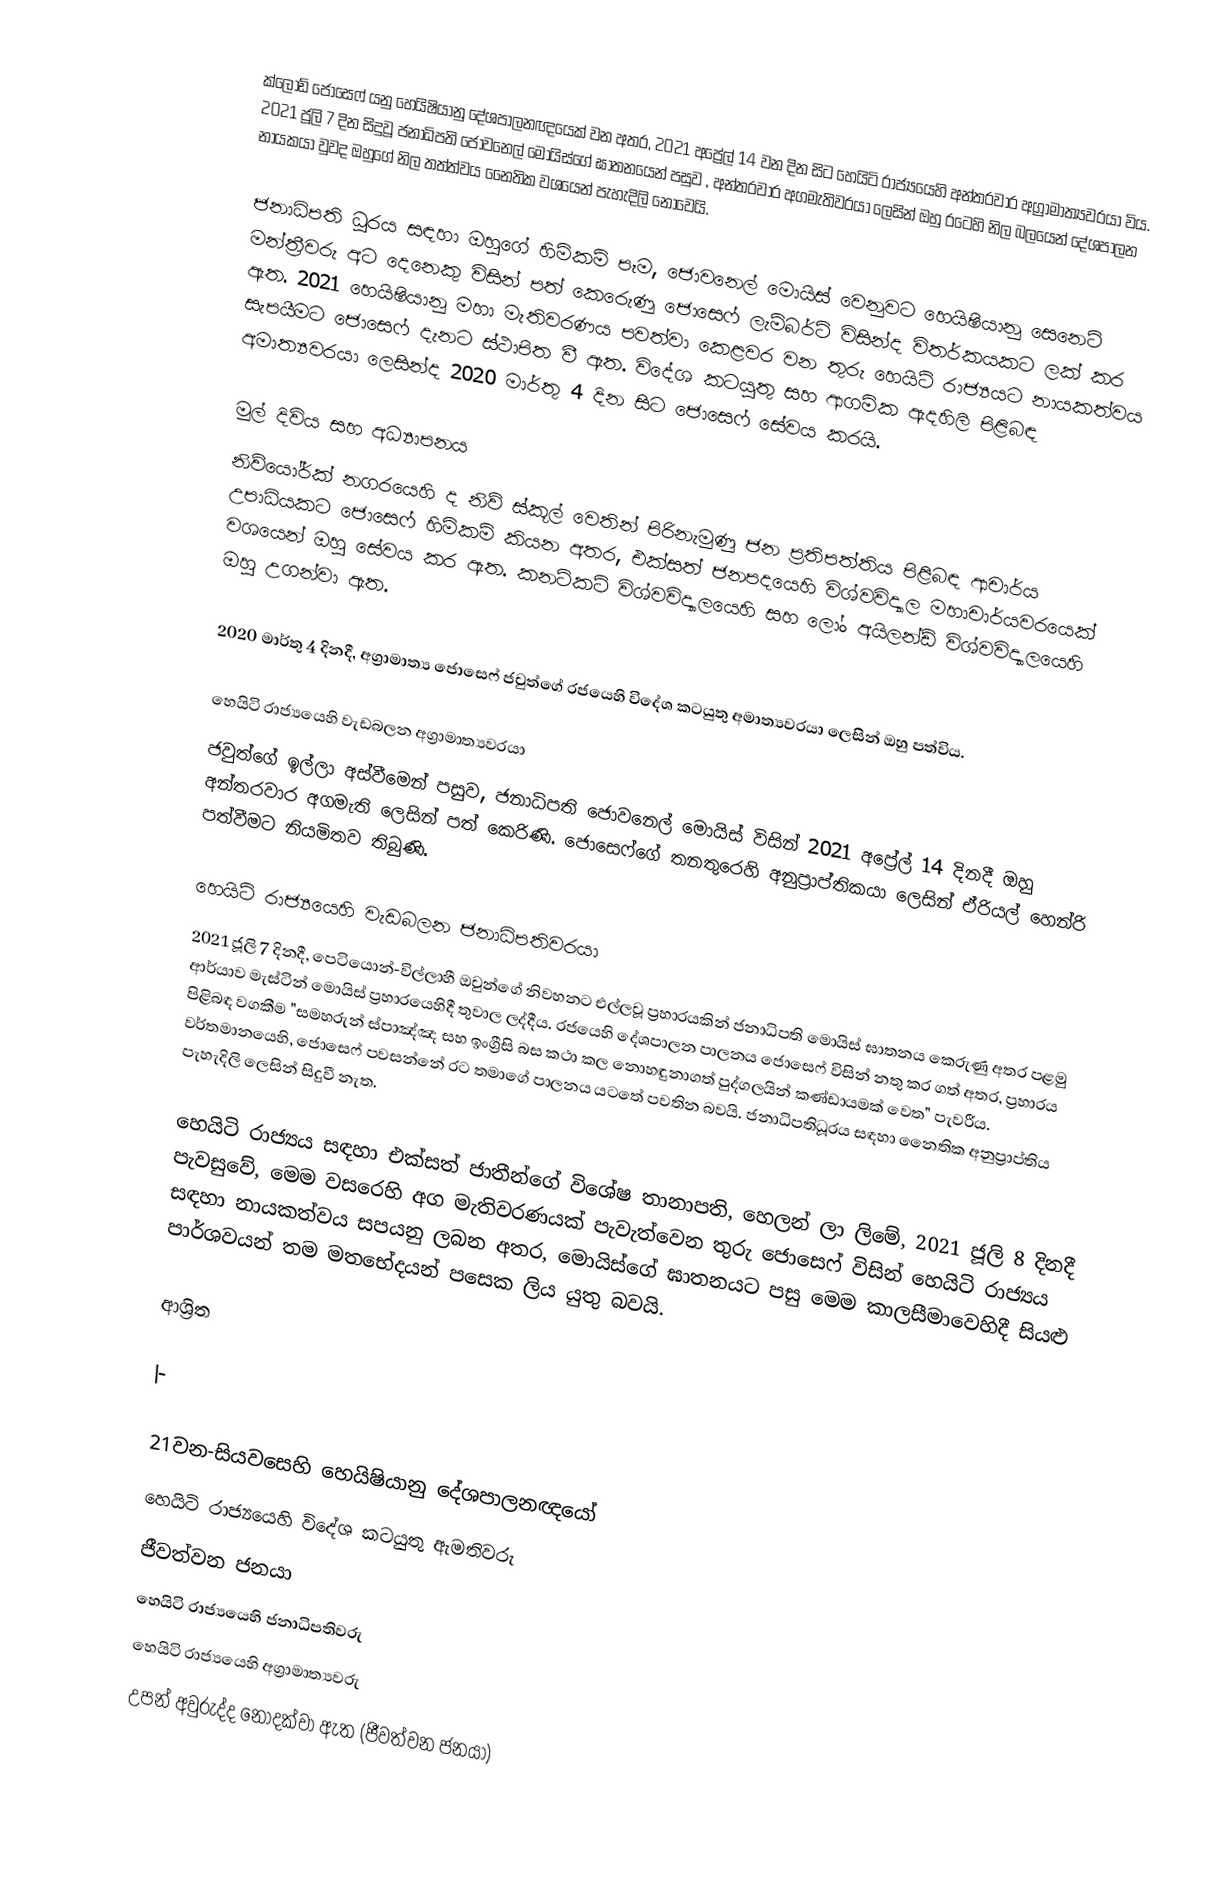
ක්ලෝඩ් ජොසෙෆ් යනු හෙයිෂියානු දේශපාලනඥයෙක් වන අතර, 2021 අප්‍රේල් 14 වන දින සිට හෙයිටි රාජ්‍යයෙහි අන්තරවාර අග්‍රාමාත්‍යවරයා විය. 2021 ජූලි 7 දින සිදුවූ ජනාධිපති ජොවනෙල් මොයිස්ගේ ඝාතනයෙන් පසුව , අන්තරවාර අගමැතිවරයා ලෙසින් ඔහු රටෙහි නිල බලයෙන්  දේශපාලන නායකයා වුවද ඔහුගේ නිල තත්ත්වය නෛතික වශයෙන් පැහැදිලි නොවෙයි.

ජනාධිපති ධූරය සඳහා ඔහුගේ හිමිකම් පෑම,  ජොවනෙල් මොයිස් වෙනුවට හෙයිෂියානු සෙනෙට් මන්ත්‍රීවරු අට දෙනෙකු විසින් පත් කෙරෙුණු ජොසෙෆ් ලැම්බර්ට් විසින්ද විතර්කයකට ලක් කර ඇත. 2021 හෙයිෂියානු මහා මැතිවරණය පවත්වා කෙළවර වන තුරු හෙයිටි රාජ්‍යයට නායකත්වය සැපයීමට ජොසෙෆ් දැනට ස්ථාපිත වී ඇත. විදේශ කටයුතු සහ ආගමික ඇදහිලි පිළිබඳ අමාත්‍යවරයා ලෙසින්ද 2020 මාර්තු 4 දින සිට ජොසෙෆ් සේවය කරයි.

මුල් දිවිය සහ අධ්‍යාපනය
නිව්යෝර්ක් නගරයෙහි ද නිව් ස්කූල් වෙතින් පිරිනැමුණු ජන ප්‍රතිපත්තිය පිළිබඳ ආචාර්ය උපාධියකට ජොසෙෆ් හිමිකම් කියන අතර, එක්සත් ජනපදයෙහි විශ්වවිද්‍යාල මහාචාර්යවරයෙක් වශයෙන් ඔහු සේවය කර ඇත.  කනටිකට් විශ්වවිද්‍යාලයෙහි සහ  ලෝං අයිලන්ඩ් විශ්වවිද්‍යාලයෙහි ඔහු උගන්වා ඇත.

2020  මාර්තු 4 දිනදී, අග්‍රාමාත්‍ය  ජොසෙෆ් ජවුත්ගේ රජයෙහි විදේශ කටයුතු අමාත්‍යවරයා ලෙසින් ඔහු පත්විය.

හෙයිටි රාජ්‍යයෙහි වැඩබලන අග්‍රාමාත්‍යවරයා
ජවුත්ගේ ඉල්ලා අස්වීමෙන් පසුව, ජනාධිපති ජොවනෙල් මොයිස් විසින් 2021 අප්‍රේල් 14 දිනදී ඔහු අන්තරවාර අගමැති ලෙසින් පත් කෙරිණි. ජොසෙෆ්ගේ තනතුරෙහි අනුප්‍රාප්තිකයා ලෙසින් ඒරියල් හෙන්රි පත්වීමට නියමිතව තිබුණි.

හෙයිටි රාජ්‍යයෙහි වැඩබලන ජනාධිපතිවරයා
2021 ජූලි 7 දිනදී, පෙටියොන්-විල්ලාහී  ඔවුන්ගේ  නිවහනට එල්ලවූ ප්‍රහාරයකින් ජනාධිපති මොයිස් ඝාතනය කෙරුණු අතර පළමු ආර්යාව මැස්ටින් මොයිස් ප්‍රහාරයෙහිදී තුවාල ලද්දීය. රජයෙහි දේශපාලන පාලනය ජොසෙෆ් විසින් නතු කර ගත් අතර, ප්‍රහාරය පිළිබඳ වගකීම "සමහරුන් ස්පාඤ්ඤ සහ ඉංග්‍රීසි බස කථා කල නොහඳුනාගත් පුද්ගලයින් කණ්ඩායමක් වෙත" පැවරීය. වර්තමානයෙහි, ජොසෙෆ් පවසන්නේ රට තමාගේ පාලනය යටතේ පවතින බවයි. ජනාධිපතිධූරය සඳහා නෛතික අනුප්‍රාප්තිය පැහැදිලි ලෙසින් සිදුවී නැත.

හෙයිටි රාජ්‍යය සඳහා එක්සත් ජාතීන්ගේ විශේෂ තානාපති, හෙලන් ලා ලිමේ, 2021 ජූලි 8 දිනදී පැවසුවේ, මෙම වසරෙහි අග මැතිවරණයක් පැවැත්වෙන තුරු ජොසෙෆ් විසින් හෙයිටි රාජ්‍යය සඳහා නායකත්වය සපයනු ලබන අතර, මොයිස්ගේ ඝාතනයට පසු මෙම කාලසීමාවෙහිදී සියළු පාර්ශවයන්   තම මතභේදයන් පසෙක ලිය යුතු බවයි.

ආශ්‍රිත

|-

21වන-සියවසෙහි හෙයිෂියානු දේශපාලනඥයෝ
හෙයිටි රාජ්‍යයෙහි විදේශ කටයුතු ඇමතිවරු
ජීවත්වන ජනයා
හෙයිටි රාජ්‍යයෙහි ජනාධිපතිවරු
හෙයිටි රාජ්‍යයෙහි අග්‍රාමාත්‍යවරු
උපන් අවුරුද්ද නොදක්වා ඇත (ජීවත්වන ජනයා)